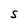
Character: S